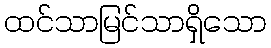
ထင်သာမြင်သာရှိသော